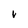
Character: V